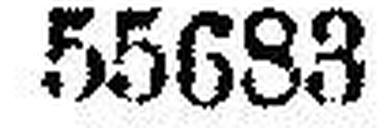
55683